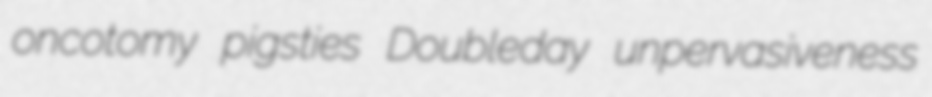
oncotomy pigsties Doubleday unpervasiveness